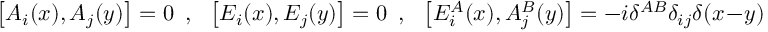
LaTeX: \left[ A _ { i } ( x ) , A _ { j } ( y ) \right] = 0 ~ ~ , ~ ~ \left[ E _ { i } ( x ) , E _ { j } ( y ) \right] = 0 ~ ~ , ~ ~ \left[ E _ { i } ^ { A } ( x ) , A _ { j } ^ { B } ( y ) \right] = - i \delta ^ { A B } \delta _ { i j } \delta ( x - y )